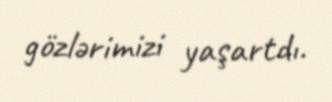
gözlərimizi yaşartdı.